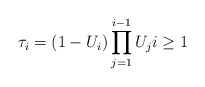
\begin{align*}\tau_i=(1-U_i) \prod_{j=1}^{i-1} U_j i\geq 1\end{align*}